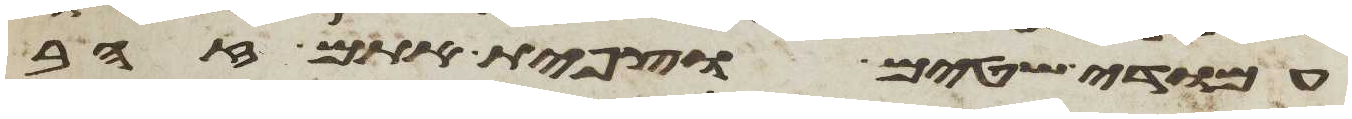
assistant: עמודי שטים וצפית אתם זהב